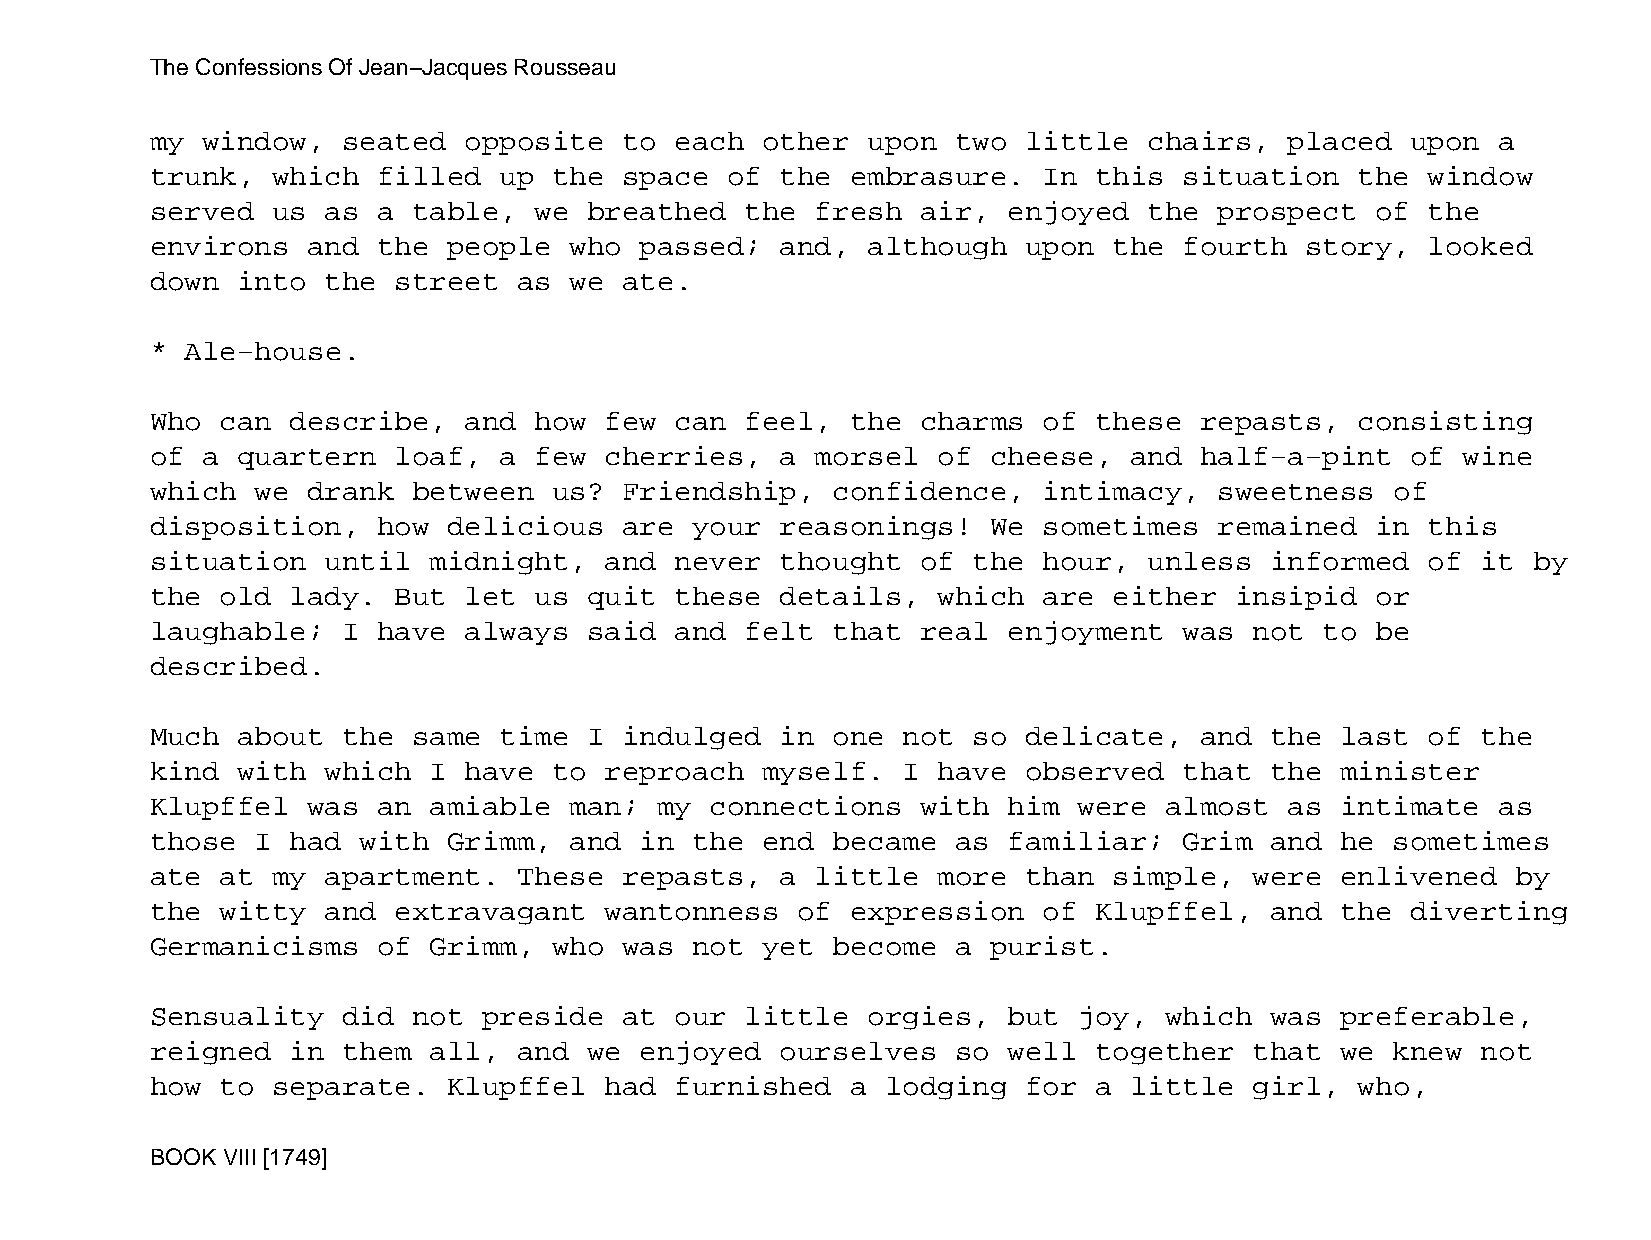
The Confessions Of Jean−Jacques Rousseau
 my window,   seated  opposite  to  each other  upon  two  little  chairs,  placed  upon  a
 trunk,  which  filled  up  the space  of  the embrasure.   In this  situation   the  window
 served  us  as a table,  we  breathed  the  fresh  air,  enjoyed  the  prospect  of  the
 environs  and  the  people  who passed;   and, although   upon  the fourth  story,   looked
 down  into  the street  as  we ate.
 * Ale−house.
 Who  can describe,   and how  few  can feel,  the  charms  of these  repasts,   consisting
 of a  quartern  loaf,  a few  cherries,   a morsel  of  cheese,  and half−a−pint   of  wine
 which  we drank  between   us? Friendship,   confidence,   intimacy,   sweetness  of
 disposition,   how  delicious  are  your  reasonings!   We sometimes   remained  in  this
 situation   until midnight,   and  never  thought  of the  hour,  unless  informed   of it by
 the  old lady.  But  let us  quit  these  details,  which  are  either  insipid  or
 laughable;   I have  always  said  and felt  that  real  enjoyment  was  not  to be
 described.
 Much  about  the same  time  I indulged   in one  not so  delicate,  and  the  last  of the
 kind  with  which I  have  to reproach  myself.   I have  observed  that  the  minister
 Klupffel  was  an amiable   man;  my connections   with  him were  almost  as  intimate  as
 those  I had  with  Grimm,  and in  the end  became  as  familiar;  Grim  and  he sometimes
 ate  at my  apartment.  These  repasts,   a little  more  than  simple,  were  enlivened  by
 the  witty  and extravagant   wantonness   of expression   of Klupffel,   and  the diverting
 Germanicisms   of Grimm,   who was  not yet  become  a  purist.
 Sensuality   did not  preside  at  our little  orgies,   but joy,  which  was  preferable,
 reigned  in  them all,  and  we enjoyed   ourselves  so  well together   that  we knew  not
 how  to separate.   Klupffel  had  furnished  a  lodging  for a  little  girl,  who,
 BOOK VIII [1749]